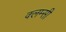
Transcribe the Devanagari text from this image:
क्लम्सी